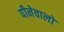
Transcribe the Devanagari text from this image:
पीनेवालों